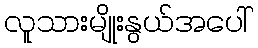
လူသားမျိုးနွယ်အပေါ်